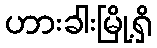
ဟားခါးမြို့ရှိ